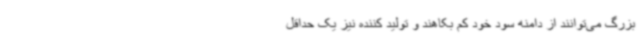
بزرگ می‌توانند از دامنه سود خود کم بکاهند و تولید کننده نیز یک حداقل